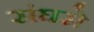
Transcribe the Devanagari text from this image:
संघसे